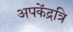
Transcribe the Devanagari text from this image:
अपकेंद्रत्रि